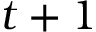
t + 1